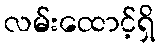
လမ်းထောင့်ရှိ